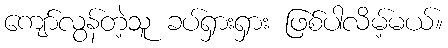
ကျော်လွန်တဲ့သူ ခပ်ရှားရှား ဖြစ်ပါလိမ့်မယ်။